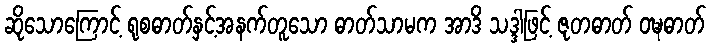
ဆိုသောကြောင့် ရုစဓာတ်နှင့်အနက်တူသော ဓာတ်သာမက အာဒိ သဒ္ဒါဖြင့် ဇုတဓာတ် ဝဍ္ဎဓာတ်